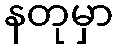
နတုမှာ